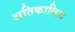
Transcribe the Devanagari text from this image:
अतिकालिक